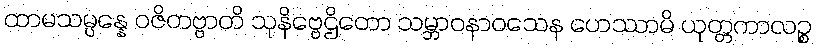
ထာမသမ္ပန္နေ ဝဇိတဗ္ဗာတိ သုနိဗ္ဗေဌိတော သမ္ဘာဝနာဝသေန ဟေဿာမိ ယုတ္တကာလဉ္စ